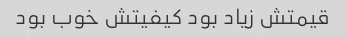
قیمتش زیاد بود کیفیتش خوب بود